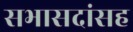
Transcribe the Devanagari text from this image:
सभासदांसह